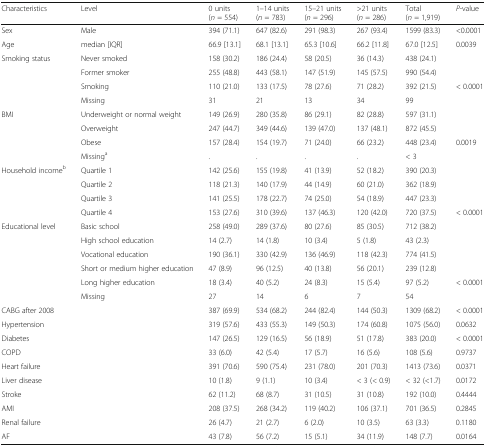
<table><thead><tr><td><b>Characteristics</b></td><td><b>Level</b></td><td><b>0 units (<i>n</i> = 554)</b></td><td><b>1–14 units (<i>n</i> = 783)</b></td><td><b>15–21 units (<i>n</i> = 296)</b></td><td><b>&gt;21 units (<i>n</i> = 286)</b></td><td><b>Total (<i>n</i> = 1,919)</b></td><td><b><i>P</i>-value</b></td></tr></thead><tbody><tr><td>Sex</td><td>Male</td><td>394 (71.1)</td><td>647 (82.6)</td><td>291 (98.3)</td><td>267 (93.4)</td><td>1599 (83.3)</td><td>&lt;0.0001</td></tr><tr><td>Age</td><td>median [IQR]</td><td>66.9 [13.1]</td><td>68.1 [13.1]</td><td>65.3 [10.6]</td><td>66.2 [11.8]</td><td>67.0 [12.5]</td><td>0.0039</td></tr><tr><td>Smoking status</td><td>Never smoked</td><td>158 (30.2)</td><td>186 (24.4)</td><td>58 (20.5)</td><td>36 (14.3)</td><td>438 (24.1)</td><td></td></tr><tr><td></td><td>Former smoker</td><td>255 (48.8)</td><td>443 (58.1)</td><td>147 (51.9)</td><td>145 (57.5)</td><td>990 (54.4)</td><td></td></tr><tr><td></td><td>Smoking</td><td>110 (21.0)</td><td>133 (17.5)</td><td>78 (27.6)</td><td>71 (28.2)</td><td>392 (21.5)</td><td>&lt; 0.0001</td></tr><tr><td></td><td>Missing</td><td>31</td><td>21</td><td>13</td><td>34</td><td>99</td><td></td></tr><tr><td>BMI</td><td>Underweight or normal weight</td><td>149 (26.9)</td><td>280 (35.8)</td><td>86 (29.1)</td><td>82 (28.8)</td><td>597 (31.1)</td><td></td></tr><tr><td></td><td>Overweight</td><td>247 (44.7)</td><td>349 (44.6)</td><td>139 (47.0)</td><td>137 (48.1)</td><td>872 (45.5)</td><td></td></tr><tr><td></td><td>Obese</td><td>157 (28.4)</td><td>154 (19.7)</td><td>71 (24.0)</td><td>66 (23.2)</td><td>448 (23.4)</td><td>0.0019</td></tr><tr><td></td><td>Missing<sup>a</sup></td><td>.</td><td>.</td><td>.</td><td>.</td><td>&lt; 3</td><td></td></tr><tr><td>Household income<sup>b</sup></td><td>Quartile 1</td><td>142 (25.6)</td><td>155 (19.8)</td><td>41 (13.9)</td><td>52 (18.2)</td><td>390 (20.3)</td><td></td></tr><tr><td></td><td>Quartile 2</td><td>118 (21.3)</td><td>140 (17.9)</td><td>44 (14.9)</td><td>60 (21.0)</td><td>362 (18.9)</td><td></td></tr><tr><td></td><td>Quartile 3</td><td>141 (25.5)</td><td>178 (22.7)</td><td>74 (25.0)</td><td>54 (18.9)</td><td>447 (23.3)</td><td></td></tr><tr><td></td><td>Quartile 4</td><td>153 (27.6)</td><td>310 (39.6)</td><td>137 (46.3)</td><td>120 (42.0)</td><td>720 (37.5)</td><td>&lt; 0.0001</td></tr><tr><td>Educational level</td><td>Basic school</td><td>258 (49.0)</td><td>289 (37.6)</td><td>80 (27.6)</td><td>85 (30.5)</td><td>712 (38.2)</td><td></td></tr><tr><td></td><td>High school education</td><td>14 (2.7)</td><td>14 (1.8)</td><td>10 (3.4)</td><td>5 (1.8)</td><td>43 (2.3)</td><td></td></tr><tr><td></td><td>Vocational education</td><td>190 (36.1)</td><td>330 (42.9)</td><td>136 (46.9)</td><td>118 (42.3)</td><td>774 (41.5)</td><td></td></tr><tr><td></td><td>Short or medium higher education</td><td>47 (8.9)</td><td>96 (12.5)</td><td>40 (13.8)</td><td>56 (20.1)</td><td>239 (12.8)</td><td></td></tr><tr><td></td><td>Long higher education</td><td>18 (3.4)</td><td>40 (5.2)</td><td>24 (8.3)</td><td>15 (5.4)</td><td>97 (5.2)</td><td>&lt; 0.0001</td></tr><tr><td></td><td>Missing</td><td>27</td><td>14</td><td>6</td><td>7</td><td>54</td><td></td></tr><tr><td>CABG after 2008</td><td></td><td>387 (69.9)</td><td>534 (68.2)</td><td>244 (82.4)</td><td>144 (50.3)</td><td>1309 (68.2)</td><td>&lt; 0.0001</td></tr><tr><td>Hypertension</td><td></td><td>319 (57.6)</td><td>433 (55.3)</td><td>149 (50.3)</td><td>174 (60.8)</td><td>1075 (56.0)</td><td>0.0632</td></tr><tr><td>Diabetes</td><td></td><td>147 (26.5)</td><td>129 (16.5)</td><td>56 (18.9)</td><td>51 (17.8)</td><td>383 (20.0)</td><td>&lt; 0.0001</td></tr><tr><td>COPD</td><td></td><td>33 (6.0)</td><td>42 (5.4)</td><td>17 (5.7)</td><td>16 (5.6)</td><td>108 (5.6)</td><td>0.9737</td></tr><tr><td>Heart failure</td><td></td><td>391 (70.6)</td><td>590 (75.4)</td><td>231 (78.0)</td><td>201 (70.3)</td><td>1413 (73.6)</td><td>0.0371</td></tr><tr><td>Liver disease</td><td></td><td>10 (1.8)</td><td>9 (1.1)</td><td>10 (3.4)</td><td>&lt; 3 (&lt; 0.9)</td><td>&lt; 32 (&lt;1.7)</td><td>0.0172</td></tr><tr><td>Stroke</td><td></td><td>62 (11.2)</td><td>68 (8.7)</td><td>31 (10.5)</td><td>31 (10.8)</td><td>192 (10.0)</td><td>0.4444</td></tr><tr><td>AMI</td><td></td><td>208 (37.5)</td><td>268 (34.2)</td><td>119 (40.2)</td><td>106 (37.1)</td><td>701 (36.5)</td><td>0.2845</td></tr><tr><td>Renal failure</td><td></td><td>26 (4.7)</td><td>21 (2.7)</td><td>6 (2.0)</td><td>10 (3.5)</td><td>63 (3.3)</td><td>0.1180</td></tr><tr><td>AF</td><td></td><td>43 (7.8)</td><td>56 (7.2)</td><td>15 (5.1)</td><td>34 (11.9)</td><td>148 (7.7)</td><td>0.0164</td></tr></tbody></table>